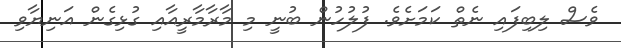
ވެސް ލިބިފައި ނެތް ކަމަށެވެ. ފުލުހުން ބުނީ މި މާރާމާރީއާއި ގުޅިގެން އަނިޔާވި